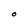
Character: O